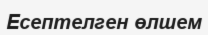
Есептелген өлшем